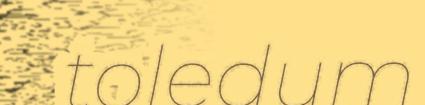
toledum